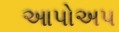
આપોઅપ